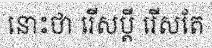
នោះថា រើសប្តី រើសតែ